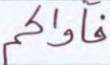
فآواكم